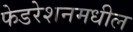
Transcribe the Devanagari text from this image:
फेडरेशनमधील